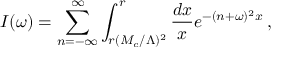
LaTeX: I ( \omega ) = \sum _ { n = - \infty } ^ { \infty } \int _ { r ( M _ { c } / \Lambda ) ^ { 2 } } ^ { r } \frac { d x } { x } e ^ { - ( n + \omega ) ^ { 2 } x } \, ,